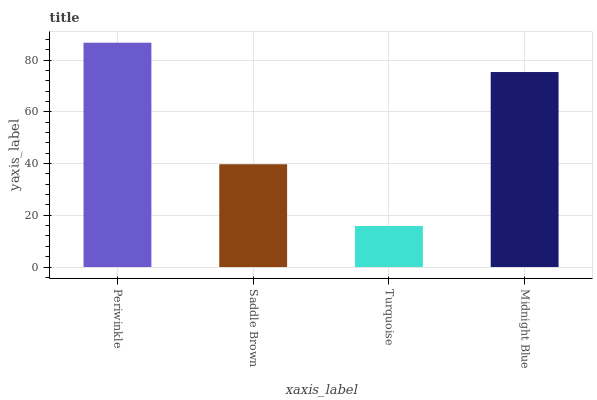
| xaxis_label | bars |
 | --- | --- |
 | Periwinkle | 86.7 |
 | Saddle Brown | 39.7 |
 | Turquoise | 15.9 |
 | Midnight Blue | 75.4 |